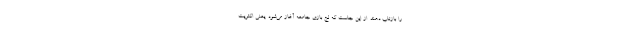
را بازتاب دهند. از این جاست که لج بازی جامعه آغاز می‌شود. یعنی اکثریت